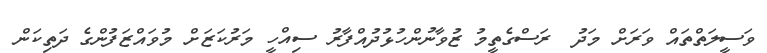
ވަސީލަތްތައް ވަރަށް މަދު  ރަސްގެތީމު ޒުވާނުންހުޅުދުއްފާރު ސިއްހީ މަރުކަޒަށް މުވައްޒަފުންގެ ދަތިކަން